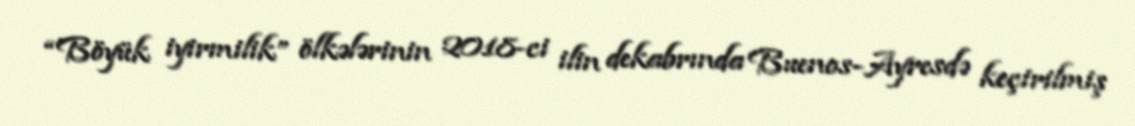
“Böyük iyirmilik” ölkələrinin 2018-ci ilin dekabrında Buenos-Ayresdə keçirilmiş